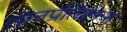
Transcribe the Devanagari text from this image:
तानप्रतिष्टम्भ